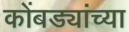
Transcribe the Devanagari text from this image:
कोंबड्यांच्या